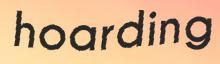
hoarding